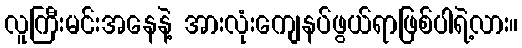
လူကြီးမင်းအနေနဲ့ အားလုံးကျေနပ်ဖွယ်ရာဖြစ်ပါရဲ့လား။